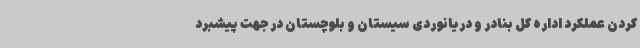
کردن عملکرد اداره کل بنادر و دریانوردی سیستان و بلوچستان در جهت پیشبرد